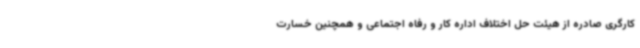
کارگری صادره از هیئت حل اختلاف اداره کار و رفاه اجتماعی و همچنین خسارت